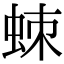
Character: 𧊸